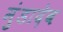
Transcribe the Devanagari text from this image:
मुंडादेव